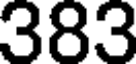
383